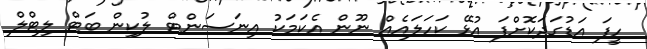
ހީފަ އަޑުގަދަކޮށްފަ އުޅޭ ކަހަލައެއް ނޫން އެކަމަކު އިނަސަންޓް ލުކިން ބަޓް ލިޓްލް